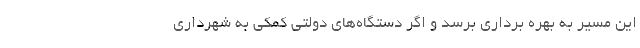
این مسیر به بهره برداری برسد و اگر دستگاه‌های دولتی کمکی به شهرداری